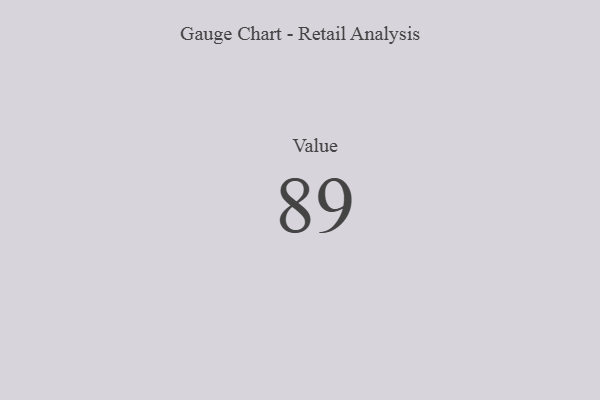
{"axis": {"x": "Metric", "y": "Value"}, "legend": [""], "data": [{"x": "Value", "y": 89, "type": ""}]}